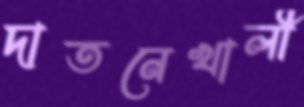
দাতনেখালী